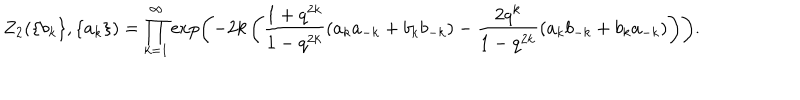
Z _ { 2 } ( \{ b _ { k } \} , \{ a _ { k } \} ) = \prod _ { k = 1 } ^ { \infty } \exp \left( - 2 k \left( \frac { 1 + q ^ { 2 k } } { 1 - q ^ { 2 k } } ( a _ { k } a _ { - k } + b _ { k } b _ { - k } ) - \frac { 2 q ^ { k } } { 1 - q ^ { 2 k } } ( a _ { k } b _ { - k } + b _ { k } a _ { - k } ) \right) \right) .